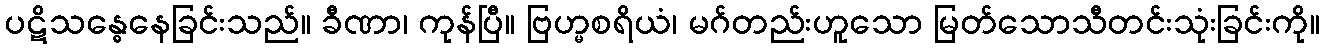
ပဋိသန္ဓေနေခြင်းသည်။ ခီဏာ၊ ကုန်ပြီ။ ဗြဟ္မစရိယံ၊ မဂ်တည်းဟူသော မြတ်သောသီတင်းသုံးခြင်းကို။